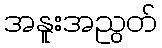
အနူးအညွတ်